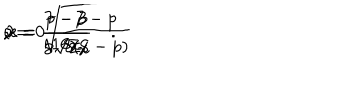
LaTeX: \epsilon = 0 \hspace { 0 . 7 c m } , \hspace { 0 . 7 c m } x = \sqrt { \frac { 7 - p } { 8 ( 8 - p ) } } \hspace { 0 , 7 c m } , \hspace { 0 . 7 c m } { \lambda } = \frac { 7 - p } { 1 6 x } \hspace { 0 . 7 c m } , \hspace { 0 . 7 c m } \nu = \frac { p - 3 } { 8 \sqrt { 2 } x } \quad .